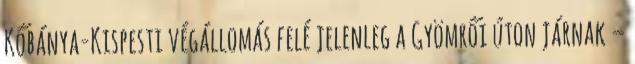
Kőbánya-Kispesti végállomás felé jelenleg a Gyömrői úton járnak –